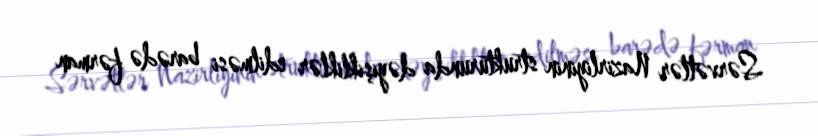
Sərvətlər Nazirliyinin strukturunda dəyişikliklər edilməsi barədə fərman